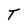
Character: T